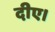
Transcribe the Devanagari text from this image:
दीए।